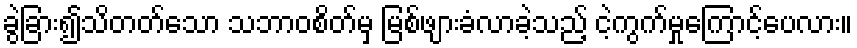
ခွဲခြား၍သိတတ်သော သဘာဝစိတ်မှ မြစ်ဖျားခံလာခဲ့သည့် ငဲ့ကွက်မှုကြောင့်ပေလား။